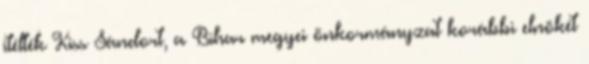
ítélték Kiss Sándort, a Bihar megyei önkormányzat korábbi elnökét